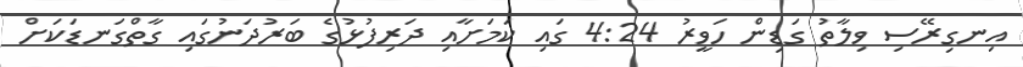
އިނގިރޭސި ވިލާތު ގަޑިން ހަވީރު 4:24 ގައި ކަމަށާއި ދަރިފުޅުގެ ބަރުދަނުގައި ގާތްގަނޑަކަށް